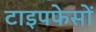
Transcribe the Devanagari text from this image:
टाइपफेसों